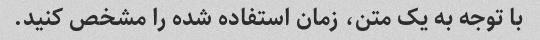
با توجه به یک متن، زمان استفاده شده را مشخص کنید.